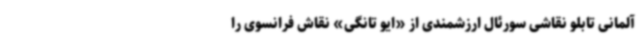
آلمانی تابلو نقاشی سورئال ارزشمندی از «ایو تانگی» نقاش فرانسوی را